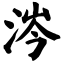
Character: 涔